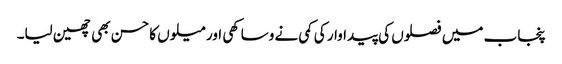
پنجاب میں فصلوں کی پیداوار کی کمی نے وساکھی اور میلوں کا حسن بھی چھین لیا۔